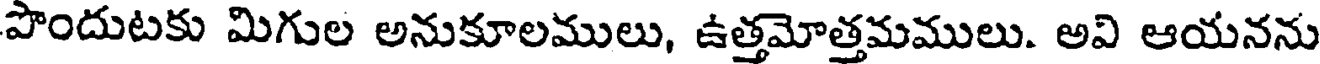
పొందుటకు మిగుల అనుకూలములు, ఉత్తమోత్తమములు. అవి ఆయనను